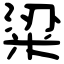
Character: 粱